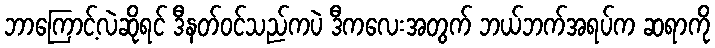
ဘာကြောင့်လဲဆိုရင် ဒီနတ်ဝင်သည်ကပဲ ဒီကလေးအတွက် ဘယ်ဘက်အရပ်က ဆရာကို